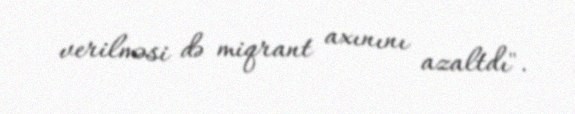
verilməsi də miqrant axınını azaltdı".